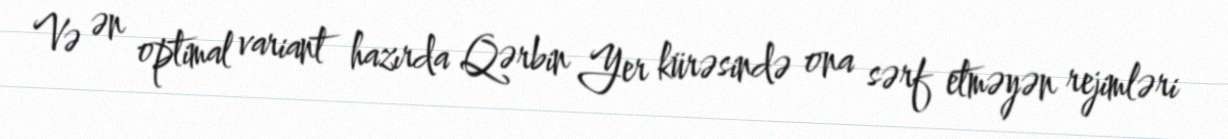
Və ən optimal variant hazırda Qərbin Yer kürəsində ona sərf etməyən rejimləri